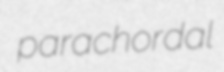
parachordal